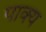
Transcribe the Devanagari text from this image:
पाक्य